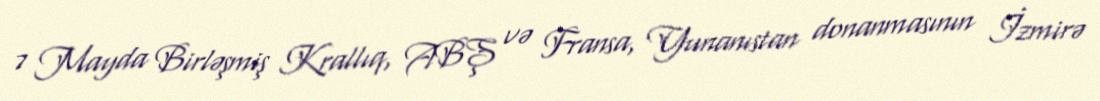
7 Mayda Birləşmiş Krallıq, ABŞ və Fransa, Yunanıstan donanmasının İzmirə